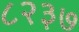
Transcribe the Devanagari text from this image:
८२३७